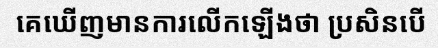
គេឃើញមានការលើកឡើងថា ប្រសិនបើ